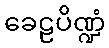
ခေဠပိဏ္ဍံ